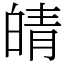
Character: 皘